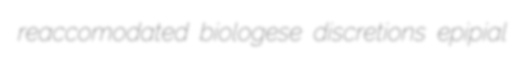
reaccomodated biologese discretions epipial